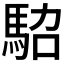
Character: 𩢟